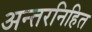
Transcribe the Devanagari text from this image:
अन्तरनिहित